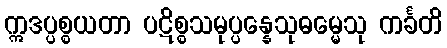
ဣဒပ္ပစ္စယတာ ပဋိစ္စသမုပ္ပန္နေသုဓမ္မေသု ကင်္ခတိ